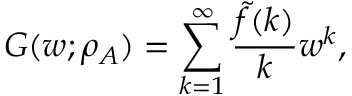
G ( w ; \rho _ { A } ) = \sum _ { k = 1 } ^ { \infty } \frac { \tilde { f } ( k ) } { k } w ^ { k } ,